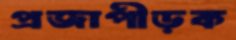
প্রজাপীড়ক